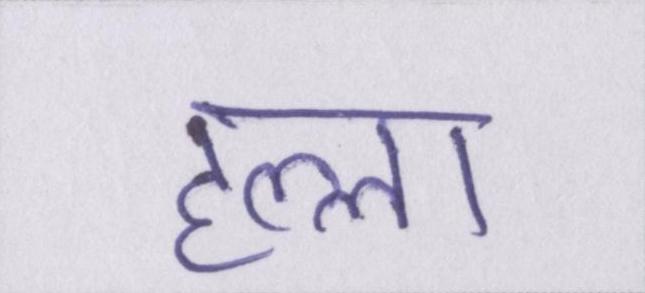
हल्ला